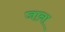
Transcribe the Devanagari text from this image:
जाना